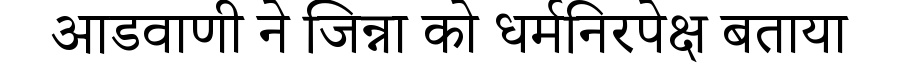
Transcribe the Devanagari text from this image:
आडवाणी ने जिन्ना को धर्मनिरपेक्ष बताया